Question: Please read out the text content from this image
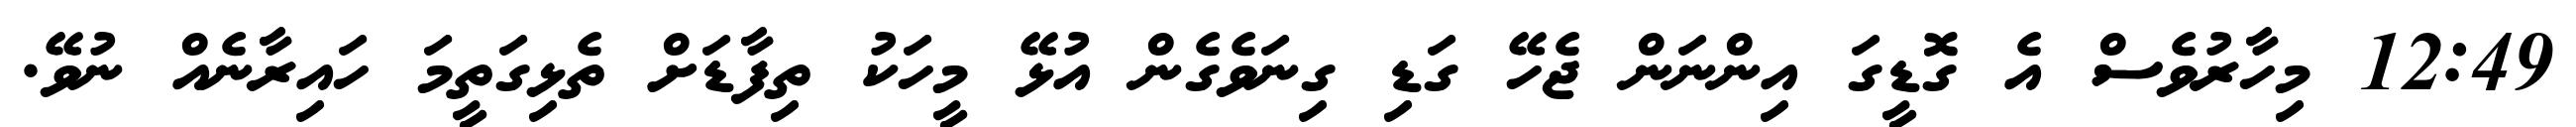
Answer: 12:49 މިހާރުވެސް އެ ގޮޑީގަ އިންނަން ޖެހޭ ގަޑި ގިނަވެގެން އުޅޭ މީހަކު ތިފާޑަށް ތެޅިގަތީމަ ހައިރާނެއް ނުވޭ.